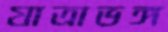
যাত্রাভঙ্গ